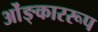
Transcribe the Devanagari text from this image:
ओंङ्काररूप